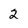
Character: 2